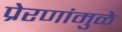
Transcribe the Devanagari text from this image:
प्रेरणांमुळे